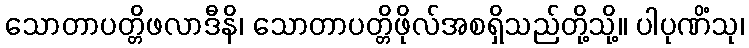
သောတာပတ္တိဖလာဒီနိ၊ သောတာပတ္တိဖိုလ်အစရှိသည်တို့သို့။ ပါပုဏိံသု၊